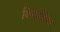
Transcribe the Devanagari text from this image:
किंवदंतिया